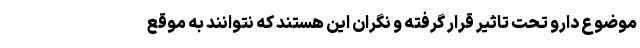
موضوع دارو تحت تاثیر قرار گرفته و نگران این هستند که نتوانند به موقع